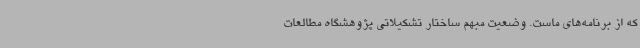
که از برنامه‌های ماست. وضعیت مبهم ساختار تشکیلاتی پژوهشگاه مطالعات